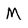
Character: M